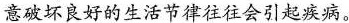
意破坏良好的生活节律往往会引起疾病。